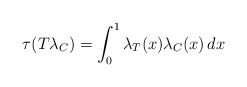
\begin{align*}\tau(T \lambda_C) = \int^1_0 \lambda_T(x) \lambda_C(x) \, dx\end{align*}